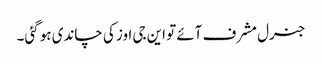
جنرل مشرف آئے تو این جی اوز کی چاندی ہو گئی۔